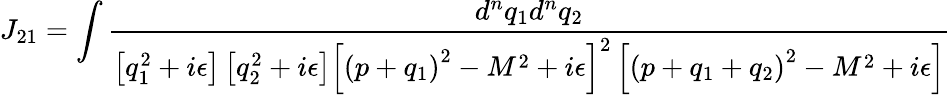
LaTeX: J_{21}=\int{\frac{d^{n}q_{1}d^{n}q_{2}}{\left[q_{1}^{2}+i\epsilon\right]\left[q_{2}^{2}+i\epsilon\right]\left[\left(p+q_{1}\right)^{2}-M^{2}+i\epsilon\right]^{2}\left[\left(p+q_{1}+q_{2}\right)^{2}-M^{2}+i\epsilon\right]}}